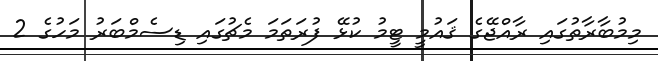
މިމުބާރާތުގައި ރާއްޖޭގެ ޤައުމީ ޓީމު ކުޅޭ ފުރަތަމަ މެޗުގައި ޑިސެމްބަރު މަހުގެ 2